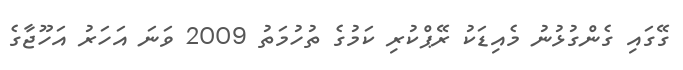
ގޭގައި ގެންގުޅުނު މެއިޑަކު ރޭޕްކުރި ކަމުގެ ތުހުމަތު 2009 ވަނަ އަހަރު އަހޫޖާގެ